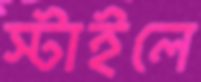
স্টাইলে